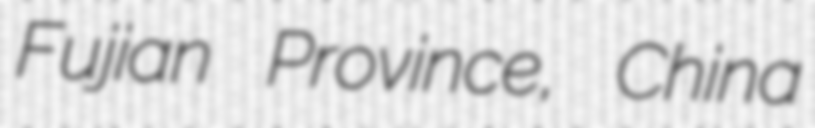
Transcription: Fujian Province, China